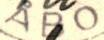
ÅBO